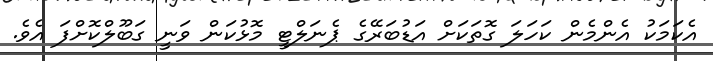
އެކަމަކު އެންމެން ކަހަލަ ގޮތަކަށް އަޑުބަރޭގެ ޕެނަލްޓީ މޮޅުކަން ވަނީ ގަބޫލްކޮށްފަ އެވެ.